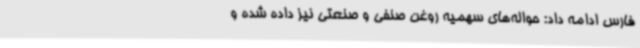
فارس ادامه داد: حواله‌های‌ سهمیه روغن صنفی و صنعتی نیز داده شده و